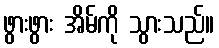
ဖွားဖွား အိမ်ကို သွားသည်။